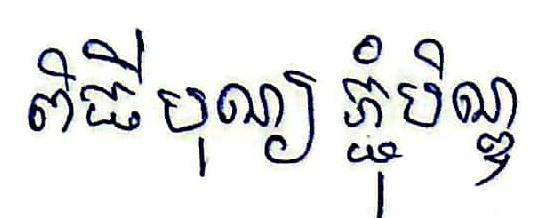
ពិធីបុណ្យភ្ជុំបិណ្ឌ